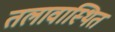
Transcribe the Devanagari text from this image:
तलावास्थित